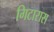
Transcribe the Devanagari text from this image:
गिटारास